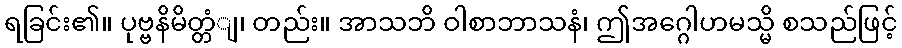
ရခြင်း၏။ ပုဗ္ဗနိမိတ္တံျ၊ တည်း။ အာသဘိ ဝါစာဘာသနံ၊ ဤအဂ္ဂေါဟမသ္မိ စသည်ဖြင့်